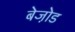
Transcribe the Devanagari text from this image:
बेजो़ड